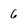
Character: 6